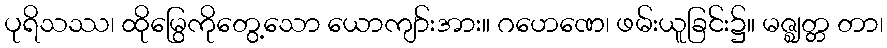
ပုရိသဿ၊ ထိုမြွေကိုတွေ့သော ယောကျာ်းအား။ ဂဟေဏေ၊ ဖမ်းယူခြင်း၌။ မဇ္ဈတ္တ တာ၊